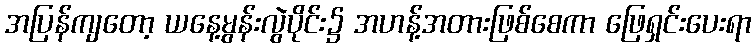
အပြန်ကျတော့ ယနေ့မွန်းလွဲပိုင်း၌ အဟန့်အတားဖြစ်စေကာ ဖြေရှင်းပေးရာ